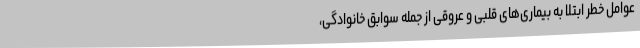
عوامل خطر ابتلا به بیماری‌های قلبی و عروقی از جمله سوابق خانوادگی،